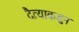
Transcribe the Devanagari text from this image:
दैत्याकडुन